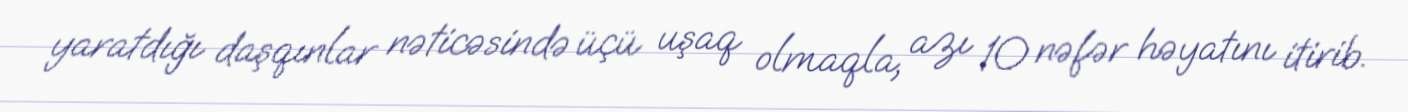
yaratdığı daşqınlar nəticəsində üçü uşaq olmaqla, azı 10 nəfər həyatını itirib.